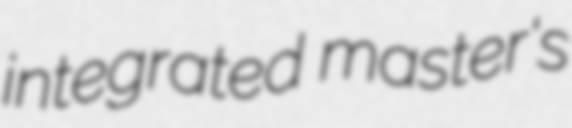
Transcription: integrated master's